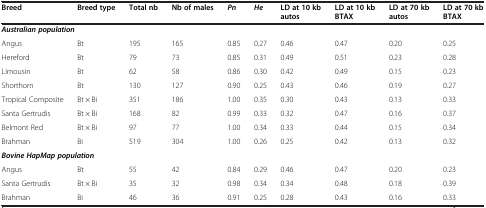
<table><thead><tr><td><b>Breed</b></td><td><b>Breed type</b></td><td><b>Total nb</b></td><td><b>Nb of males</b></td><td><b><i>Pn</i></b></td><td><b><i>He</i></b></td><td><b>LD at 10 kb autos</b></td><td><b>LD at 10 kb BTAX</b></td><td><b>LD at 70 kb autos</b></td><td><b>LD at 70 kb BTAX</b></td></tr></thead><tbody><tr><td colspan="2"><b><i>Australian population</i></b></td><td>[EMPTY_CELL]</td><td>[EMPTY_CELL]</td><td>[EMPTY_CELL]</td><td>[EMPTY_CELL]</td><td>[EMPTY_CELL]</td><td>[EMPTY_CELL]</td><td>[EMPTY_CELL]</td><td>[EMPTY_CELL]</td></tr><tr><td>Angus</td><td>Bt</td><td>195</td><td>165</td><td>0.85</td><td>0.27</td><td>0.46</td><td>0.47</td><td>0.20</td><td>0.25</td></tr><tr><td>Hereford</td><td>Bt</td><td>79</td><td>73</td><td>0.85</td><td>0.31</td><td>0.49</td><td>0.51</td><td>0.23</td><td>0.28</td></tr><tr><td>Limousin</td><td>Bt</td><td>62</td><td>58</td><td>0.86</td><td>0.30</td><td>0.42</td><td>0.49</td><td>0.15</td><td>0.23</td></tr><tr><td>Shorthorn</td><td>Bt</td><td>130</td><td>127</td><td>0.90</td><td>0.25</td><td>0.43</td><td>0.46</td><td>0.19</td><td>0.27</td></tr><tr><td>Tropical Composite</td><td>Bt × Bi</td><td>351</td><td>186</td><td>1.00</td><td>0.35</td><td>0.30</td><td>0.43</td><td>0.13</td><td>0.33</td></tr><tr><td>Santa Gertrudis</td><td>Bt × Bi</td><td>168</td><td>82</td><td>0.99</td><td>0.33</td><td>0.32</td><td>0.47</td><td>0.16</td><td>0.37</td></tr><tr><td>Belmont Red</td><td>Bt × Bi</td><td>97</td><td>77</td><td>1.00</td><td>0.34</td><td>0.33</td><td>0.44</td><td>0.15</td><td>0.34</td></tr><tr><td>Brahman</td><td>Bi</td><td>519</td><td>304</td><td>1.00</td><td>0.26</td><td>0.25</td><td>0.42</td><td>0.13</td><td>0.32</td></tr><tr><td colspan="3"><b><i>Bovine HapMap population</i></b></td><td>[EMPTY_CELL]</td><td>[EMPTY_CELL]</td><td>[EMPTY_CELL]</td><td>[EMPTY_CELL]</td><td>[EMPTY_CELL]</td><td>[EMPTY_CELL]</td><td>[EMPTY_CELL]</td></tr><tr><td>Angus</td><td>Bt</td><td>55</td><td>42</td><td>0.84</td><td>0.29</td><td>0.46</td><td>0.47</td><td>0.20</td><td>0.23</td></tr><tr><td>Santa Gertrudis</td><td>Bt × Bi</td><td>35</td><td>32</td><td>0.98</td><td>0.34</td><td>0.34</td><td>0.48</td><td>0.18</td><td>0.39</td></tr><tr><td>Brahman</td><td>Bi</td><td>46</td><td>36</td><td>0.91</td><td>0.25</td><td>0.28</td><td>0.43</td><td>0.16</td><td>0.33</td></tr></tbody></table>